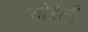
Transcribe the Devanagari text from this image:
मोंडेली